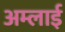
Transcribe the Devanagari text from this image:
अम्लाई